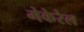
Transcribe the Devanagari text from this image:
मेकेरेल